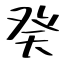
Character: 癸